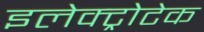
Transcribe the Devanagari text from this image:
इलेक्ट्रोटेक